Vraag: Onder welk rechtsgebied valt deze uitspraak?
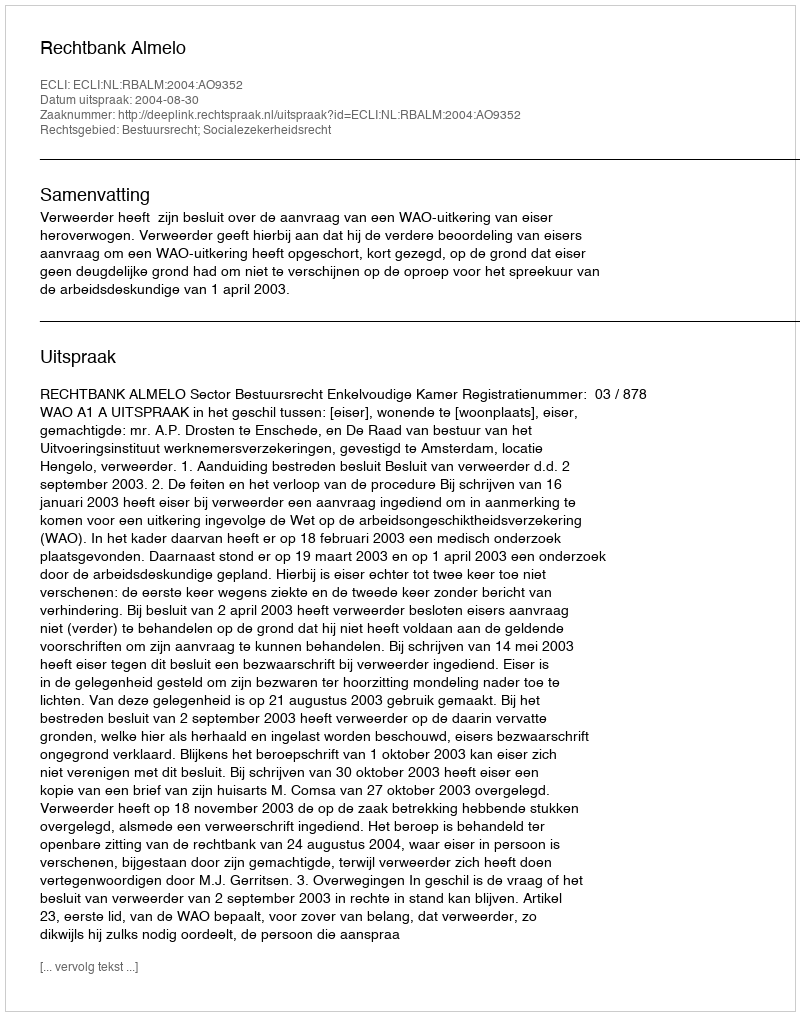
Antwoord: Bestuursrecht; Socialezekerheidsrecht